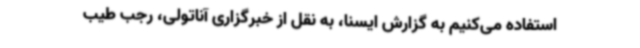
استفاده می‌کنیم به گزارش ایسنا، به نقل از خبرگزاری آناتولی، رجب طیب